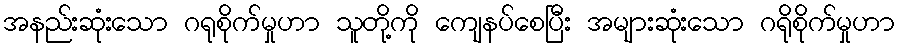
အနည်းဆုံးသော ဂရုစိုက်မှုဟာ သူတို့ကို ကျေနပ်စေပြီး အများဆုံးသော ဂရိုစိုက်မှုဟာ